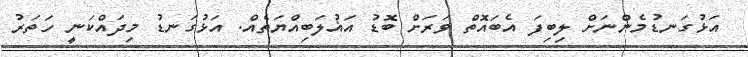
އަޅުގަނޑުމެންނަށް ލިބިފަ އެބައޮތް ވަރަށް ބޮޑު އަޣުލަބިއްޔަތެއް. އަޅުގަނޑު މިދައްކަނީ ހަތަރު